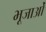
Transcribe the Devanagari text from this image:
भूजाओं